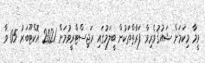
ވީމާ މިކަމަށް ޝައުޤުވެރިވާ ފަރާތްތަކުން ބީލަމުގައި ރަޖިސްޓްރީވުމަށް 2021 އޮކްޓޫބަރު 05 ވާ